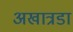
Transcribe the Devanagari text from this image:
अखात्रडा